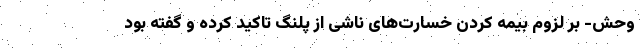
وحش- بر لزوم بیمه کردن خسارت‌های ناشی از پلنگ تاکید کرده و گفته بود